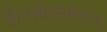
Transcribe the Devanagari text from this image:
सेटलमेंटसमोरच्या